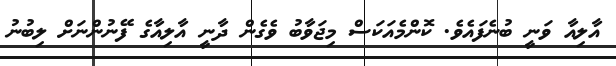
އާލިއާ ވަނީ ބުނެފައެވެ. ކޮންމެއަކަސް މިޖަވާބު ވެގެން ދާނީ އާލިއާގެ ފޭނުންނަށް ލިބުނު